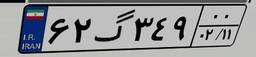
۶۲گ۳۴۹۰۰